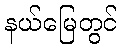
နယ်မြေတွင်